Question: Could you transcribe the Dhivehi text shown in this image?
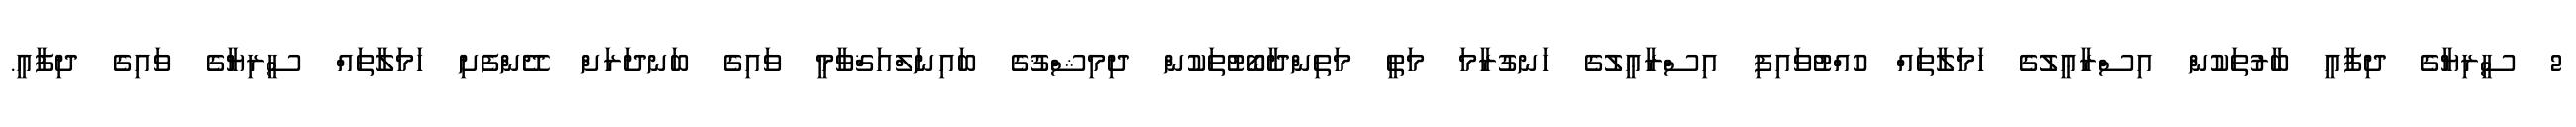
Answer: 2 ސީރިޔާގެ ދިފާއީ ބާރުތަކުން އިސްރާޢީލުގެ ހަމަލާތައް ހުއްޓުވައިފި އިސްރާޢީލުގެ ހަނގުރާމަ މަތީ މަތިންދާބޯޓުތަކުން ދިމިޝްޤުގެ ބައިނަލްއަޤްވާމީ ވައިގެ ބަނދަރަށް ދޭންފެށި ހަމަލާތައް ސީރިޔާގެ ވައިގެ ދިފާއީ.